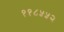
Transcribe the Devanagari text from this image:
११८५५२